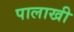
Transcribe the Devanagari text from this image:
पालाखी